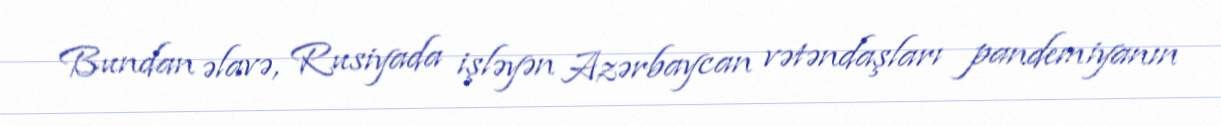
Bundan əlavə, Rusiyada işləyən Azərbaycan vətəndaşları pandemiyanın